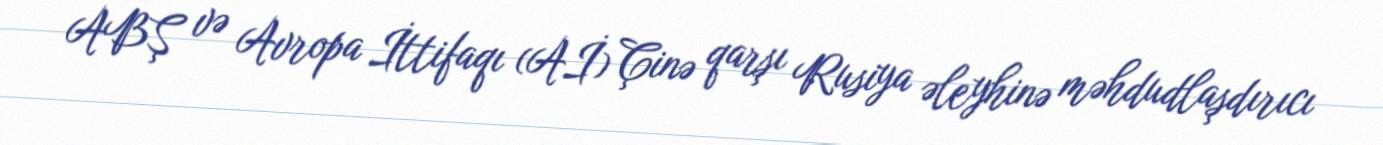
ABŞ və Avropa İttifaqı (Aİ) Çinə qarşı Rusiya əleyhinə məhdudlaşdırıcı